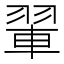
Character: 𫅨